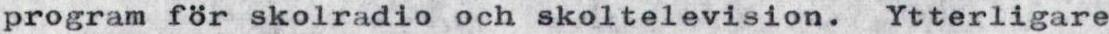
program för skolradio och skoltelevision. Ytterligare